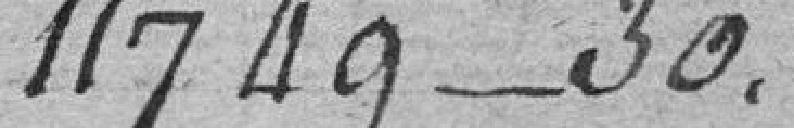
11749, 30